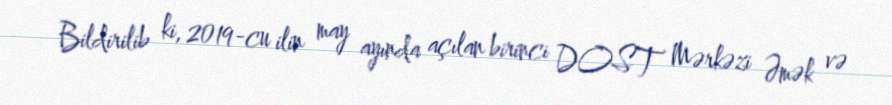
Bildirilib ki, 2019-cu ilin may ayında açılan birinci DOST Mərkəzi Əmək və